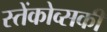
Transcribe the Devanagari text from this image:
स्तेंकोव्सकी